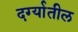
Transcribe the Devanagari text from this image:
दर्ग्यातील